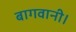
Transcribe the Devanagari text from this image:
बागवानी।